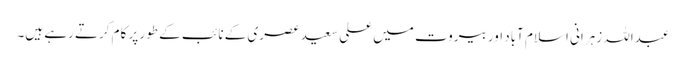
عبداللہ زہرانی اسلام آباد اور بیروت میں علی سعید عصری کے نائب کے طور پر کام کرتے رہے ہیں۔